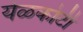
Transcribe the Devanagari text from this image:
येळकोटी